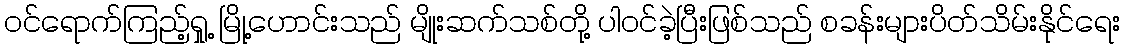
ဝင်ရောက်ကြည့်ရှု့ မြို့ဟောင်းသည် မျိုးဆက်သစ်တို့ ပါဝင်ခဲ့ပြီးဖြစ်သည် စခန်းများပိတ်သိမ်းနိုင်ရေး